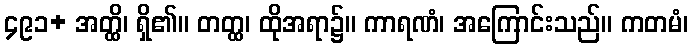
၄၉၁+ အတ္ထိ၊ ရှိ၏။ တတ္ထ၊ ထိုအရာ၌။ ကာရဏံ၊ အကြောင်းသည်။ ကတမံ၊